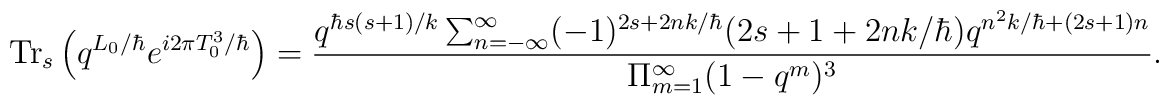
\mbox{Tr}_s \left(q^{L_0/\hbar}e^{i2\pi T_0^3/\hbar}\right) =  \frac{ q^{\hbar s(s+1)/k}  \sum_{n=-\infty}^\infty (-1)^{2s+2 n k/\hbar} (2s+1 + 2 n k/\hbar)    q^{{n^2 k/\hbar }+ (2s+1)n}}{\Pi_{m=1}^\infty (1-q^m)^3} .